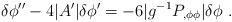
LaTeX: \begin{align*} \delta\phi'' - 4 |A'| \delta\phi' = - 6 | g^{-1} P_{,\phi \phi}|\delta\phi \ .\end{align*}